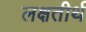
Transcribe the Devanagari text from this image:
लक्षतीर्थ